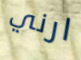
ارني